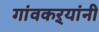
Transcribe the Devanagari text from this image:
गांवकऱ्यांनी